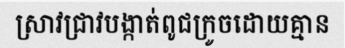
ស្រាវជ្រាវបង្កាត់ពូជក្រូចដោយគ្មាន